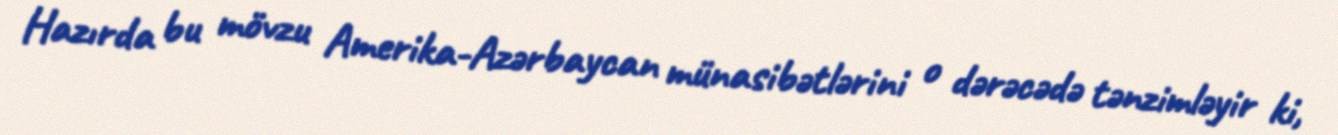
Hazırda bu mövzu Amerika-Azərbaycan münasibətlərini o dərəcədə tənzimləyir ki,